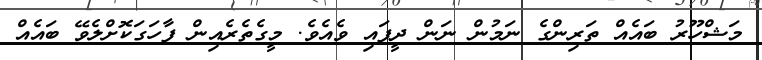
މަޝްހޫރު ބައެއް ތަރިންގެ ނަމުން ނަން ދީފައި ވެއެވެ. މީގެތެރެއިން ފާހަގަކޮށްލެވޭ ބައެއް